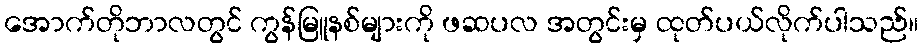
အောက်တိုဘာလတွင် ကွန်မြူနစ်များကို ဖဆပလ အတွင်းမှ ထုတ်ပယ်လိုက်ပါသည်။